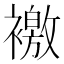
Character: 𧝳